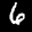
Label: 6